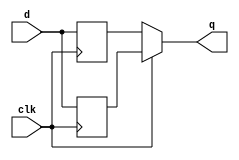
module top_module (
    input clk,
    input d,
    output q
);
    reg temp0, temp1;
    always @(posedge clk) begin
        temp0 <= d;
    end
    
    always @(negedge clk) begin
        temp1 <= d;
    end
	assign q = clk?temp0:temp1;
endmodule